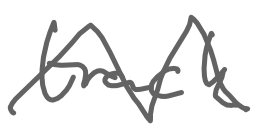
Text: track
Cross-out: zig-zag
Writing tool: digital_gray